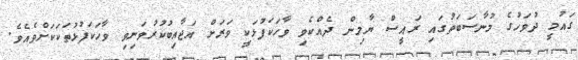
ގައުމީ ދުވަހުގެ މުނާސަބަތުގައި ރައީސް ޔާމިން ދެއްކެވި ވާހަކަފުޅަކީ ވަރަށް އަޖާއިބުކުރުވަނިވި ވާހަކަފުޅުތަކަކަށްވެއެވެ.